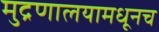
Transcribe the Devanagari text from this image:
मुद्रणालयामधूनच